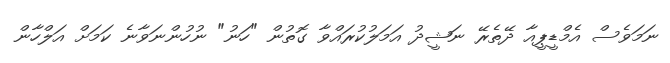
ނަމަވެސް އެމްޑީޕީއާ ދޭތެރޭ ނަޝީދު އަމަލުކުރައްވާ ގޮތުން "ހަނު" ނުހުންނަވާނެ ކަމަށް އަލްހާން